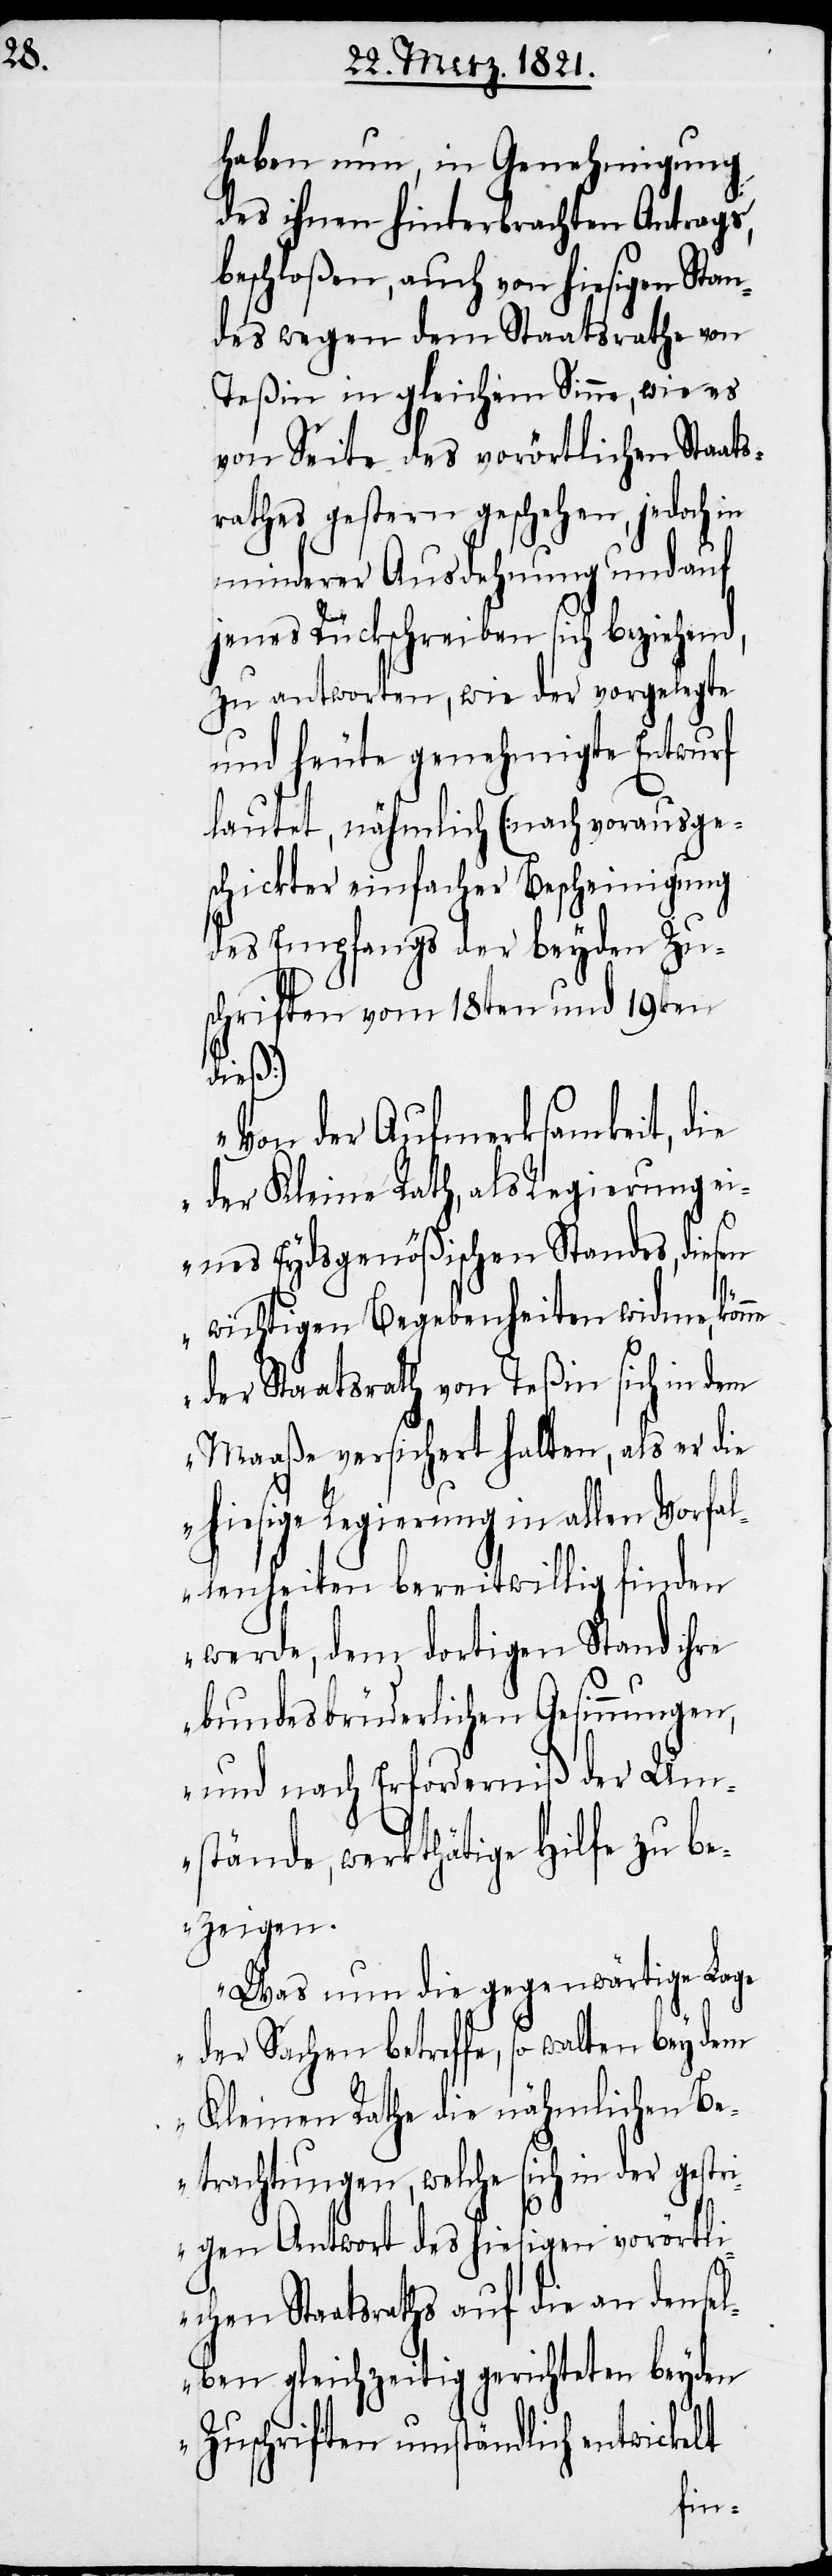
haben nun, in Genehmigung
des ihnen hinterbrachten Antrags,
beschloßen, auch von hiesigen Stan¬
des wegen dem Staatsrath von
Teßin in gleichem Sinne, wie es
von Seite des vorörtlichen Staats¬
rathes gestern geschehen, jedoch in
minderer Ausdehnung und auf
jenes Rückschreiben sich beziehend,
zu antworten, wie der vorgelegte
und heute genehmigte Entwurf
lautet, nähmlich [nach vorausge¬
schickter einfacher Bescheinigung
des Empfanges der beyden Zu¬
schriften vom 18ten und 19ten
dieß]
„Von der Aufmerksamkeit, die
der Kleine Rath, als Regierung ei¬
nes Eydsgenößischen Standes, diesen
wichtigen Begebenheiten widme, kön¬
der Staatsrath von Teßin sich in dem
Maaße versichert halten, als er die
hiesige Regierung in allen Vorfal¬
lenheiten bereitwillig finden
werde, dem dortigen Stand ihre
bundesbrüderlichen Gesinnungen,
und nach Erforderniß der Um¬
stände, werkthätige Hilfe zu be¬
zeigen.
Was nun die gegenwärtige Lage
der Sachen betreffe, so walten bey dem
ne
Kleinen Rathe die nähmlichen Be¬
trachtungen, welche sich in der gestr¬
igen Antwort des hiesigen vorörtli¬
chen Staatsraths auf die an densel¬
ben gleichzeitig gerichteten beyden
Zuschriften umständlich entwickelt